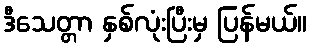
ဒီသေတ္တာ နှစ်လုံးပြီးမှ ပြန်မယ်။